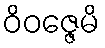
ဝိဝဇ္ဇေမိ